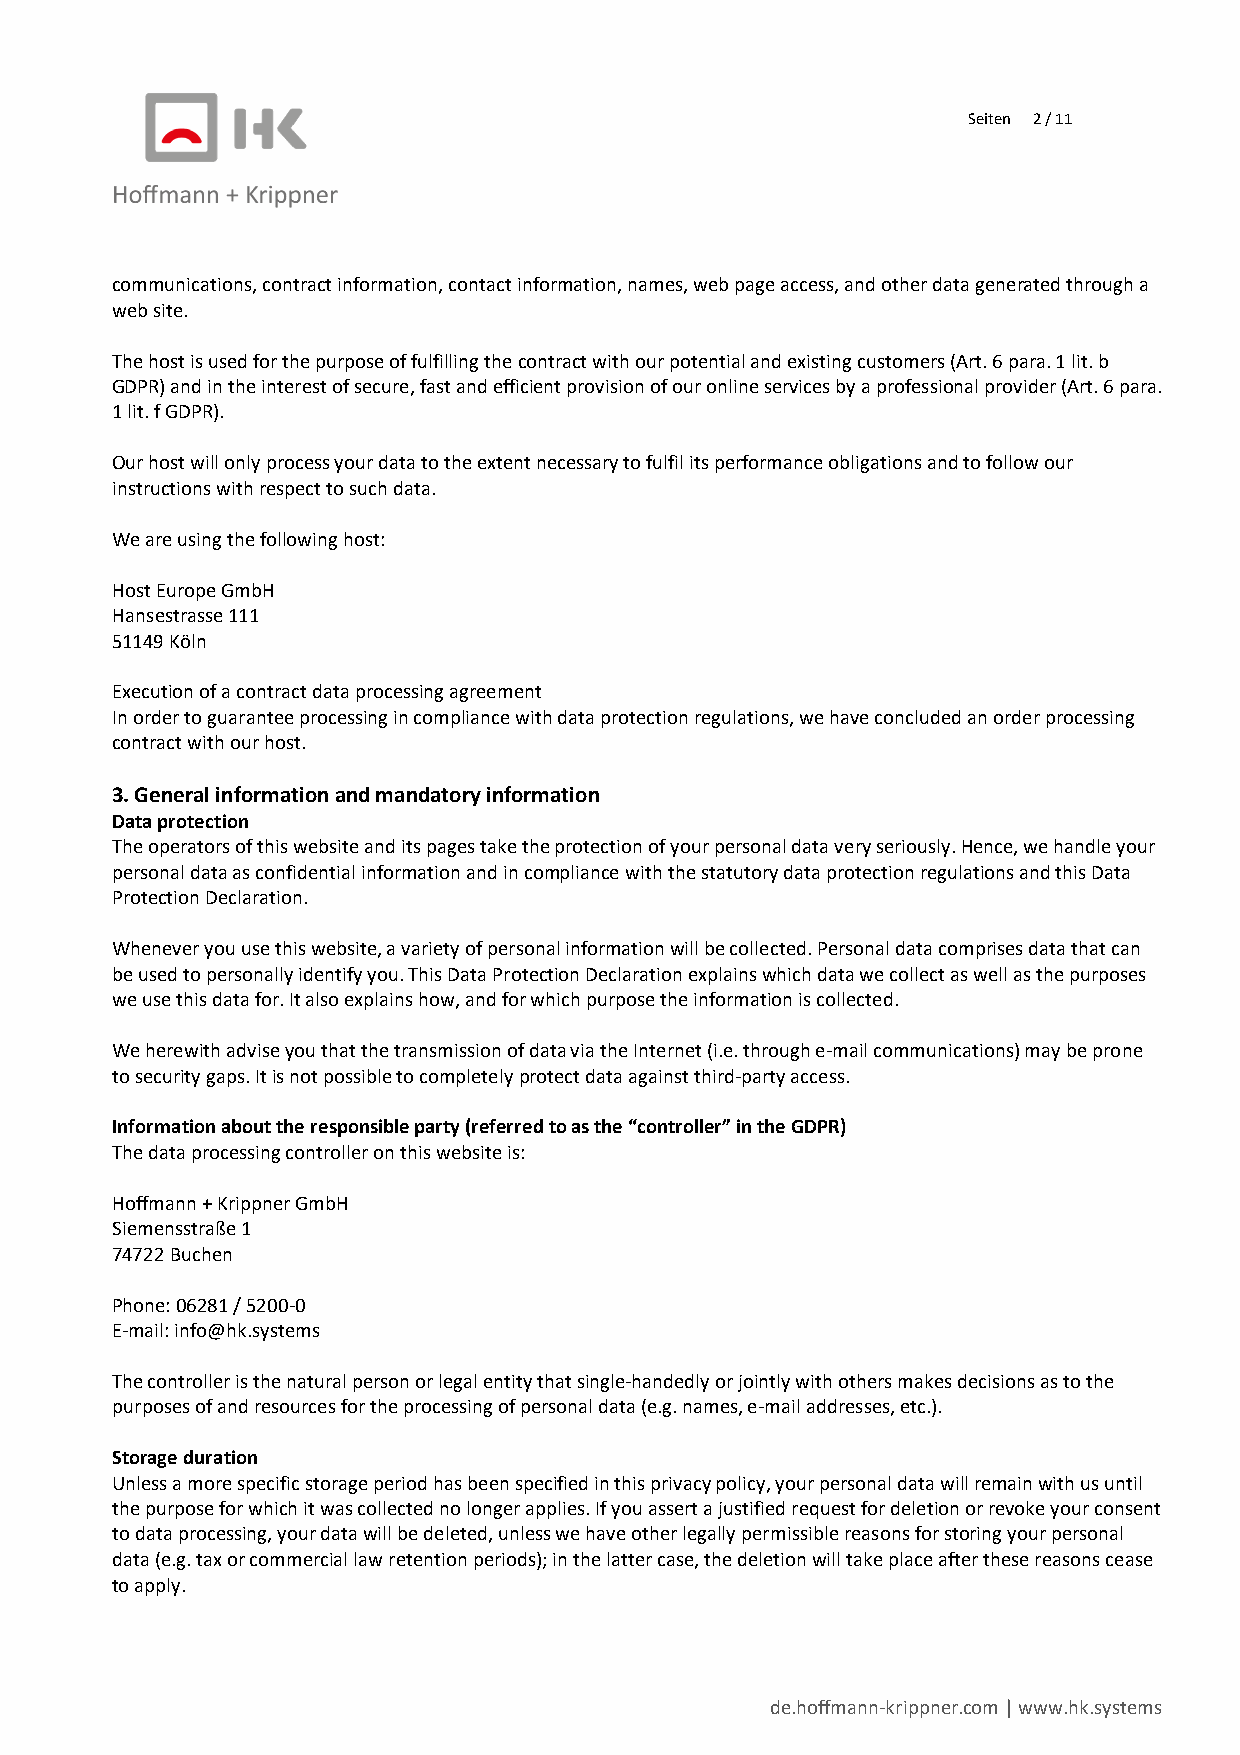
Seiten 2 / 11
 communications, contract information, contact information, names, web page access, and other data generated through a
 web site.
 The host is used for the purpose of fulfilling the contract with our potential and existing customers (Art. 6 para. 1 lit. b
 GDPR) and in the interest of secure, fast and efficient provision of our online services by a professional provider (Art. 6 para.
 1 lit. f GDPR).
 Our host will only process your data to the extent necessary to fulfil its performance obligations and to follow our
 instructions with respect to such data.
 We are using the following host:
 Host Europe GmbH
 Hansestrasse 111
 51149 Köln
 Execution of a contract data processing agreement
 In order to guarantee processing in compliance with data protection regulations, we have concluded an order processing
 contract with our host.
 3. General information and mandatory information
 Data protection
 The operators of this website and its pages take the protection of your personal data very seriously. Hence, we handle your
 personal data as confidential information and in compliance with the statutory data protection regulations and this Data
 Protection Declaration.
 Whenever you use this website, a variety of personal information will be collected. Personal data comprises data that can
 be used to personally identify you. This Data Protection Declaration explains which data we collect as well as the purposes
 we use this data for. It also explains how, and for which purpose the information is collected.
 We herewith advise you that the transmission of data via the Internet (i.e. through e-mail communications) may be prone
 to security gaps. It is not possible to completely protect data against third-party access.
 Information about the responsible party (referred to as the “controller” in the GDPR)
 The data processing controller on this website is:
 Hoffmann + Krippner GmbH
 Siemensstraße 1
 74722 Buchen
 Phone: 06281 / 5200-0
 E-mail: info@hk.systems
 The controller is the natural person or legal entity that single-handedly or jointly with others makes decisions as to the
 purposes of and resources for the processing of personal data (e.g. names, e-mail addresses, etc.).
 Storage duration
 Unless a more specific storage period has been specified in this privacy policy, your personal data will remain with us until
 the purpose for which it was collected no longer applies. If you assert a justified request for deletion or revoke your consent
 to data processing, your data will be deleted, unless we have other legally permissible reasons for storing your personal
 data (e.g. tax or commercial law retention periods); in the latter case, the deletion will take place after these reasons cease
 to apply.
 de.hoffmann-krippner.com | www.hk.systems